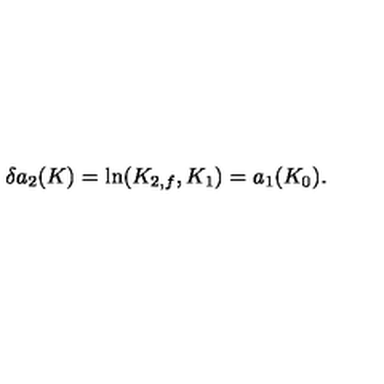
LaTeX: \delta a _ { 2 } ( K ) = \mathrm { l n } ( K _ { 2 , f } , K _ { 1 } ) = a _ { 1 } ( K _ { 0 } ) .